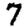
Digit: 7